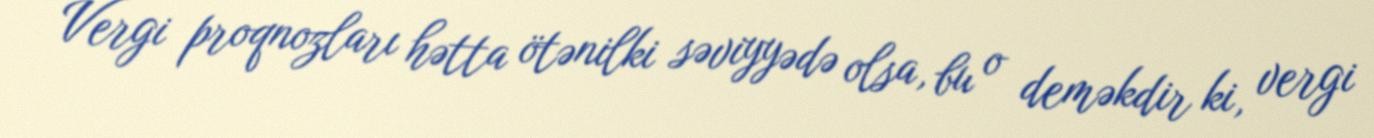
Vergi proqnozları hətta ötənilki səviyyədə olsa, bu o deməkdir ki, vergi